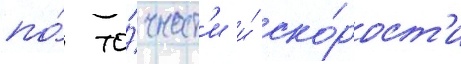
по́ то́чност'и и́ ско́рост'и